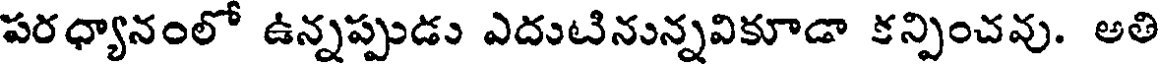
పరధ్యానంలో ఉన్నప్పుడు ఎదుటినున్నవికూడా కన్పించవు. అతి